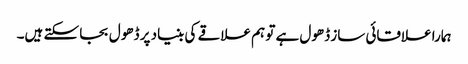
ہمارا علاقائی ساز ڈھول ہے تو ہم علاقے کی بنیاد پر ڈھول بجا سکتے ہیں۔